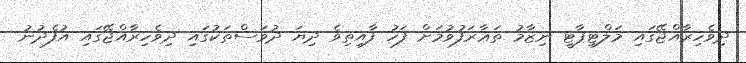
ދިވެހިރާއްޖޭގައި މަލްޓިޕާޓީ ނިޒާމު ތަޢާރަފުވުމަށް ފަހު ފާއިތިވެ ދިޔަ ދުވަސްތަކުގައި ދިވެހިރާއްޖޭގައި އުފެދުނު